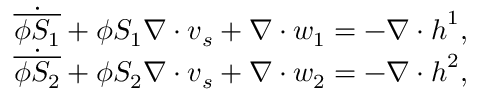
\begin{array} { r l } & { \dot { \overline { { \phi S _ { 1 } } } } + \phi S _ { 1 } \nabla \cdot \boldsymbol { v } _ { s } + \nabla \cdot \boldsymbol { w } _ { 1 } = - \nabla \cdot \boldsymbol { h } ^ { 1 } , } \\ & { \dot { \overline { { \phi S _ { 2 } } } } + \phi S _ { 2 } \nabla \cdot \boldsymbol { v } _ { s } + \nabla \cdot \boldsymbol { w } _ { 2 } = - \nabla \cdot \boldsymbol { h } ^ { 2 } , } \end{array}